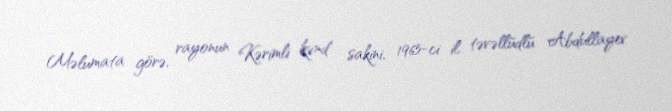
Məlumata görə, rayonun Kərimli kənd sakini, 1965-ci il təvəllüdlü Abdullayev